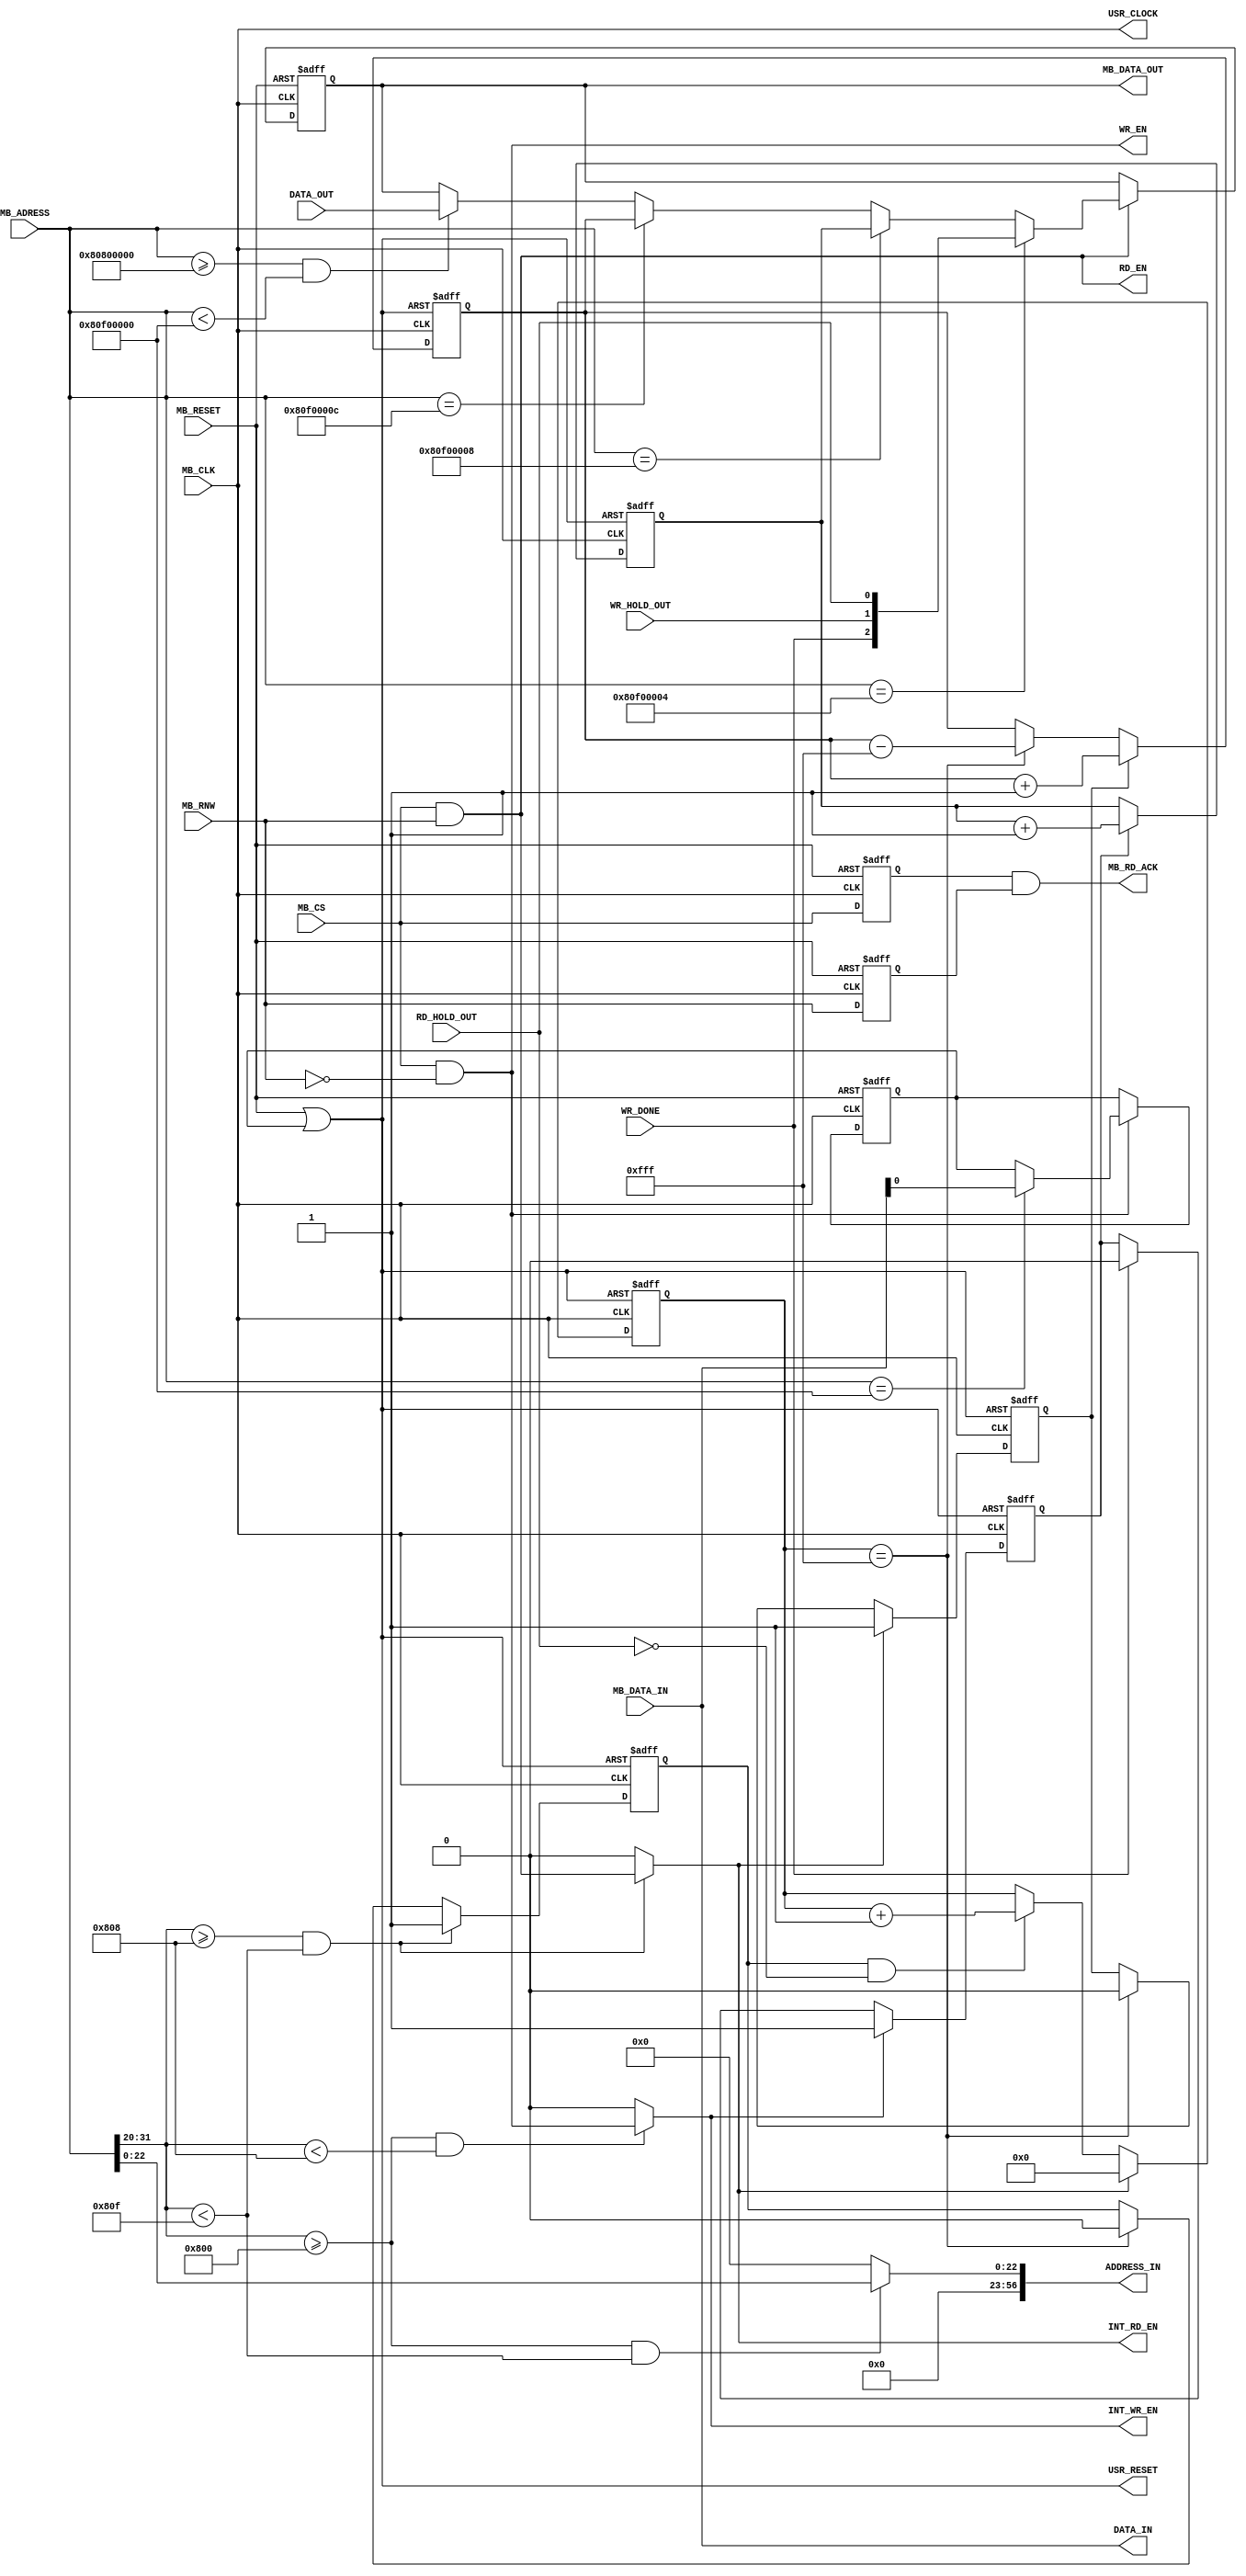
module interface_logic(

    input       [31:0]   MB_ADRESS,
    input                MB_CS,
    input                MB_RNW,
    input       [31:0]   MB_DATA_IN,
    output reg  [31:0]   MB_DATA_OUT,
    input                MB_CLK,
    input                MB_RESET,
    output               MB_RD_ACK,
    output      [31:0]   DATA_IN,
    output               USR_CLOCK,
    output               USR_RESET,
    output      [56:0]   ADDRESS_IN,
    output               INT_RD_EN,
    output               INT_WR_EN,
    input                WR_HOLD_OUT,
    input                RD_HOLD_OUT,
    input                WR_DONE,
    input       [31:0]   DATA_OUT,
    output               WR_EN,
    output               RD_EN
  );
  
  reg          mb_cs_delayed;
  reg          mb_rnw_delayed;
  reg          reset_reg ;
  wire         mb_wr_en;
  wire         mb_rd_en;
  reg  [31:0]  data_reg;
  wire [22:0]  address_reg;
  wire [31:0]  status_reg;
  reg  [31:0]  write_throughput_count;
  reg          write_throughput_count_en;
  reg  [31:0]  read_throughput_count;
  reg          read_throughput_count_en;
  reg  [31:0]  read_finish_counter;
  reg          read_finish_count_en;

  
  assign USR_CLOCK     = MB_CLK;
  assign USR_RESET     = MB_RESET | reset_reg;
  assign mb_rd_en      = MB_CS && MB_RNW;
  assign mb_wr_en      = MB_CS && !MB_RNW;
  assign ADDRESS_IN    = {34'b 0, address_reg};
  assign MB_RD_ACK     = (mb_cs_delayed && mb_rnw_delayed);
  assign status_reg[0] = RD_HOLD_OUT;
  assign status_reg[1] = WR_HOLD_OUT;
  assign status_reg[2] = WR_DONE;
  assign WR_EN         = mb_wr_en ;
  assign RD_EN         = mb_rd_en ;
    
  //delaying MB_RNW for read acknowledgement
  always @(posedge MB_CLK, posedge MB_RESET)
  begin
    if (MB_RESET) begin
      mb_rnw_delayed <= 1'b 0;
      mb_cs_delayed  <= 1'b 0;
    end
    else begin
      mb_rnw_delayed <= MB_RNW;
      mb_cs_delayed  <= MB_CS;
    end
  end
  
  //MB read process
  always @(posedge MB_CLK, posedge MB_RESET)
  begin
    if (MB_RESET) begin
      MB_DATA_OUT <= 32'h 0;
    end
    else begin
      if (mb_rd_en) begin
        if(MB_ADRESS == 32'h 80F00004) begin
          MB_DATA_OUT <= status_reg;
        end
        else if(MB_ADRESS == 32'h 80F00008) begin
          MB_DATA_OUT <= write_throughput_count;
        end
        else if(MB_ADRESS == 32'h 80F0000C) begin
          MB_DATA_OUT <= read_throughput_count;
        end
        else if((MB_ADRESS >= 32'h80800000) && (MB_ADRESS < 32'h80F00000)) begin
          MB_DATA_OUT <= DATA_OUT;
        end
        else begin
          MB_DATA_OUT <= MB_DATA_OUT;
        end
      end
    end  
  end

  
  //MB Write process
  always @(posedge MB_CLK, posedge MB_RESET)
  begin
    if (MB_RESET) begin
      reset_reg <= 1'b 0;
    end
    else begin
      if (mb_wr_en) begin
        casex(MB_ADRESS)
          32'h 80F00000: begin
            reset_reg <= MB_DATA_IN[0];
          end
        endcase
      end
    end  
  end
  
  // Generating write throuhput counter enabling signal
  always @(posedge USR_CLOCK, posedge USR_RESET)
  begin
    if (USR_RESET) begin    
      write_throughput_count_en <= 1'b0;
    end
    else begin
      if (INT_WR_EN) begin
        write_throughput_count_en <=  1'b1;
      end
      else if (WR_DONE) begin
        write_throughput_count_en <= 1'b0;
      end
      else begin
        write_throughput_count_en <= write_throughput_count_en;
      end
    end
  end
  
  // write throuhput counter process
  always @(posedge USR_CLOCK, posedge USR_RESET)
  begin
    if (USR_RESET) begin    
      write_throughput_count  <= 32'b0;
    end
    else begin
      if (write_throughput_count_en) begin
        write_throughput_count <=  write_throughput_count +1;
      end
      else begin
        write_throughput_count <= write_throughput_count;
      end
    end
  end
  
  // Generating read finish counter enabling signal
  always @(posedge USR_CLOCK, posedge USR_RESET)
  begin
    if (USR_RESET) begin    
      read_finish_count_en <= 1'b0;
    end
    else begin
      if ((MB_ADRESS[31:20] >= 12'h808) && (MB_ADRESS[31:20] < 12'h80F)) begin
        read_finish_count_en <=  1'b1;
      end
      else if(read_finish_counter == 32'hFFF) begin
        read_finish_count_en <= 1'b0;
      end
      else begin
        read_finish_count_en <= read_finish_count_en;
      end
    end
  end

  // read finish counter process
  always @(posedge USR_CLOCK, posedge USR_RESET)
  begin
    if (USR_RESET) begin    
      read_finish_counter  <= 32'b0;
    end
    else begin
      if (INT_RD_EN) begin
        read_finish_counter <= 32'b0;
      end
      else if (read_finish_count_en && !RD_HOLD_OUT) begin
        read_finish_counter <=  read_finish_counter +1;
      end
      else begin
        read_finish_counter <=  read_finish_counter;
      end
    end
  end
  
  
  // Generating throuhput counter   enabling signal
  always @(posedge USR_CLOCK, posedge USR_RESET)
  begin
    if (USR_RESET) begin    
      read_throughput_count_en <= 1'b0;
    end
    else begin
      if (INT_RD_EN) begin
        read_throughput_count_en <=  1'b1;
      end
      else if(read_finish_counter == 12'hFFF)begin
        read_throughput_count_en <= 1'b0;
      end
      else begin
        read_throughput_count_en <= read_throughput_count_en;
      end
    end
  end
  
  // read throuhput counter process
  always @(posedge USR_CLOCK, posedge USR_RESET)
  begin
    if (USR_RESET) begin    
      read_throughput_count  <= 32'b0;
    end
    else begin
      if (read_throughput_count_en) begin
        read_throughput_count <=  read_throughput_count +1;
      end
      else if(read_finish_counter == 32'hFFF) begin
        read_throughput_count <= (read_throughput_count - 32'hFFF );
      end
      else begin
        read_throughput_count <= read_throughput_count;
      end
    end
  end
  
  assign INT_RD_EN   = ((MB_ADRESS[31:20] >= 12'h808) && (MB_ADRESS[31:20] < 12'h80F))? mb_rd_en        : 1'b0;
  assign address_reg = ((MB_ADRESS[31:20] >= 12'h800) && (MB_ADRESS[31:20] < 12'h80F))? MB_ADRESS[22:0] : 23'b0; 
  assign INT_WR_EN   = ((MB_ADRESS[31:20] >= 12'h800) && (MB_ADRESS[31:20] < 12'h808))? mb_wr_en        : 1'b0;
  assign DATA_IN     = MB_DATA_IN;
  
  
endmodule